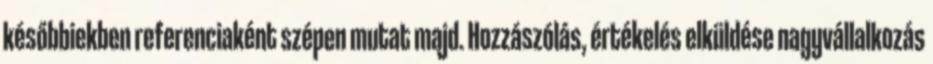
későbbiekben referenciaként szépen mutat majd. Hozzászólás, értékelés elküldése nagyvállalkozás